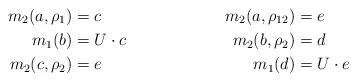
LaTeX: \begin{align*}m_2(a, \rho_1) &= c &m_2(a, \rho_{12}) &= e \\m_1(b) &= U \cdot c &m_2(b, \rho_2) &= d \\m_2(c, \rho_2) &= e &m_1(d) &= U \cdot e\end{align*}